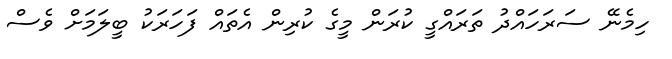
ހިމެނޭ ސަރަހައްދު ތަރައްގީ ކުރަން މީގެ ކުރިން އެތައް ފަހަރަކު ބީލަމަށް ވެސް